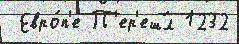
 Евро́п'е П'ер'еш́л 1232